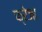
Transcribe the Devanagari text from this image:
फ्रेजा